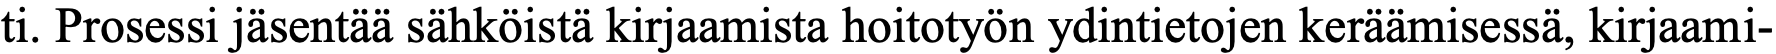
ti. Prosessi jäsentää sähköistä kirjaamista hoitotyön ydintietojen keräämisessä, kirjaami-